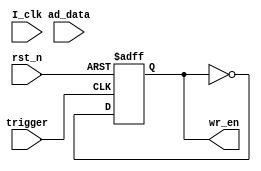
`timescale 1ns / 1ps
//////////////////////////////////////////////////////////////////////////////////
// Company: 
// Engineer: 
// 
// Design Name: 
// Module Name: wr_module
// Project Name: 
// Target Devices: 
// Tool Versions: 
// Description: 
// 
// Dependencies: 
// 
// Revision:
// Revision 0.01 - File Created
// Additional Comments:
// 
//////////////////////////////////////////////////////////////////////////////////


module wr_module(
    input I_clk,
    input rst_n,
    input [7:0] ad_data,
    input trigger,
    
    output reg wr_en
    );
always @ (posedge trigger or negedge rst_n) 
    begin
        if (!rst_n)
            wr_en <= 0;      
        else begin
            wr_en <= ~wr_en;
        end
    end
endmodule